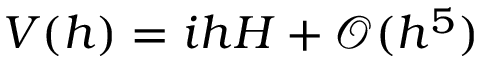
V ( h ) = i h H + \mathcal { O } ( h ^ { 5 } )